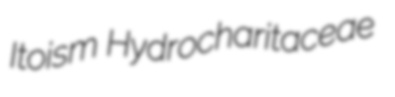
Itoism Hydrocharitaceae